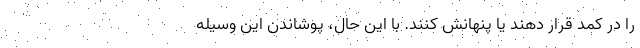
را در کمد قرار دهند یا پنهانش کنند. با این حال، پوشاندن این وسیله